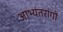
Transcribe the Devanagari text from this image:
आभ्यंतरांगों